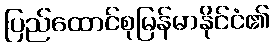
ပြည်ထောင်စုမြန်မာနိုင်ငံ၏